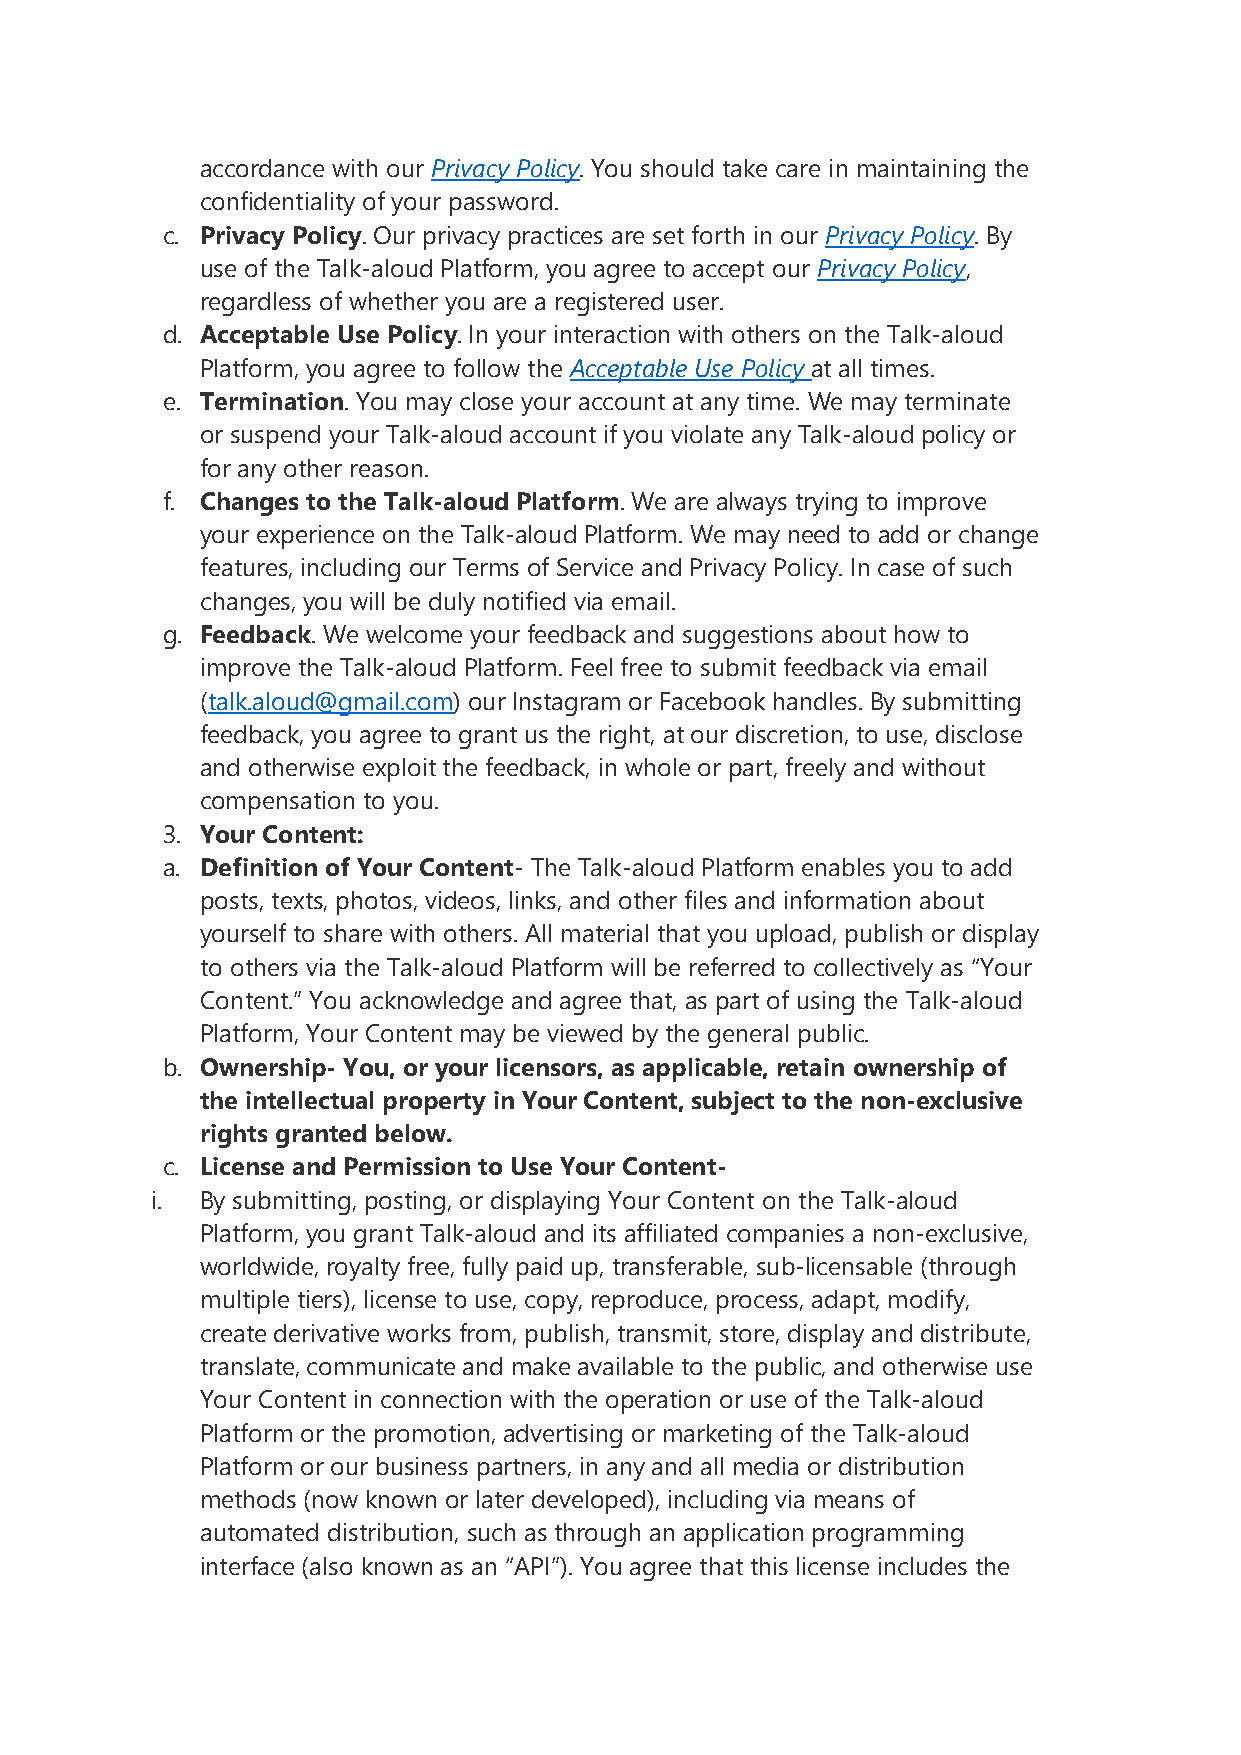
accordance with our Privacy Policy. You should take care in maintaining the
 confidentiality of your password.
 c. Privacy Policy. Our privacy practices are set forth in our Privacy Policy. By
 use of the Talk-aloud Platform, you agree to accept our Privacy Policy,
 regardless of whether you are a registered user.
 d. Acceptable Use Policy. In your interaction with others on the Talk-aloud
 Platform, you agree to follow the Acceptable Use Policy at all times.
 e. Termination. You may close your account at any time. We may terminate
 or suspend your Talk-aloud account if you violate any Talk-aloud policy or
 for any other reason.
 f. Changes to the Talk-aloud Platform. We are always trying to improve
 your experience on the Talk-aloud Platform. We may need to add or change
 features, including our Terms of Service and Privacy Policy. In case of such
 changes, you will be duly notified via email.
 g. Feedback. We welcome your feedback and suggestions about how to
 improve the Talk-aloud Platform. Feel free to submit feedback via email
 (talk.aloud@gmail.com) our Instagram or Facebook handles. By submitting
 feedback, you agree to grant us the right, at our discretion, to use, disclose
 and otherwise exploit the feedback, in whole or part, freely and without
 compensation to you.
 3. Your Content:
 a. Definition of Your Content- The Talk-aloud Platform enables you to add
 posts, texts, photos, videos, links, and other files and information about
 yourself to share with others. All material that you upload, publish or display
 to others via the Talk-aloud Platform will be referred to collectively as “Your
 Content.” You acknowledge and agree that, as part of using the Talk-aloud
 Platform, Your Content may be viewed by the general public.
 b. Ownership- You, or your licensors, as applicable, retain ownership of
 the intellectual property in Your Content, subject to the non-exclusive
 rights granted below.
 c. License and Permission to Use Your Content-
 i. By submitting, posting, or displaying Your Content on the Talk-aloud
 Platform, you grant Talk-aloud and its affiliated companies a non-exclusive,
 worldwide, royalty free, fully paid up, transferable, sub-licensable (through
 multiple tiers), license to use, copy, reproduce, process, adapt, modify,
 create derivative works from, publish, transmit, store, display and distribute,
 translate, communicate and make available to the public, and otherwise use
 Your Content in connection with the operation or use of the Talk-aloud
 Platform or the promotion, advertising or marketing of the Talk-aloud
 Platform or our business partners, in any and all media or distribution
 methods (now known or later developed), including via means of
 automated distribution, such as through an application programming
 interface (also known as an “API”). You agree that this license includes the